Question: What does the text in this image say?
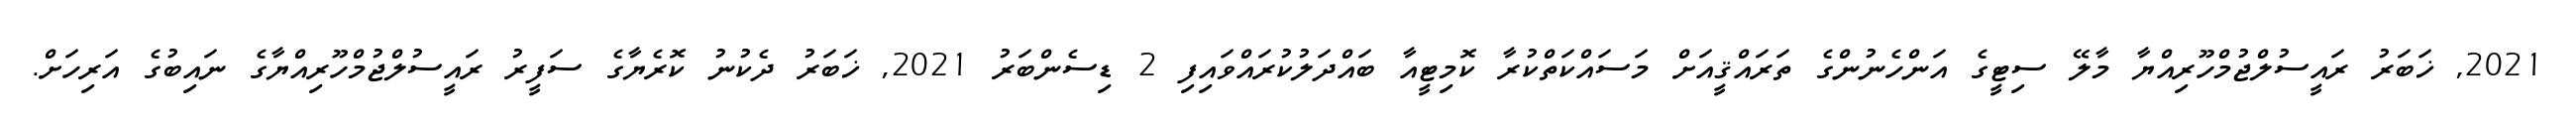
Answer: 2021, ޚަބަރު ރައީސުލްޖުމްހޫރިއްޔާ މާލޭ ސިޓީގެ އަންހެނުންގެ ތަރައްޤީއަށް މަސައްކަތްކުރާ ކޮމިޓީއާ ބައްދަލުކުރައްވައިފި 2 ޑިސެންބަރު 2021, ޚަބަރު ދެކުނު ކޮރެޔާގެ ސަފީރު ރައީސުލްޖުމްހޫރިއްޔާގެ ނައިބުގެ އަރިހަށް.